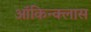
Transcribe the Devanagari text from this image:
ऑकिन्क्लास